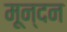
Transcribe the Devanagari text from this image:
मून्दन